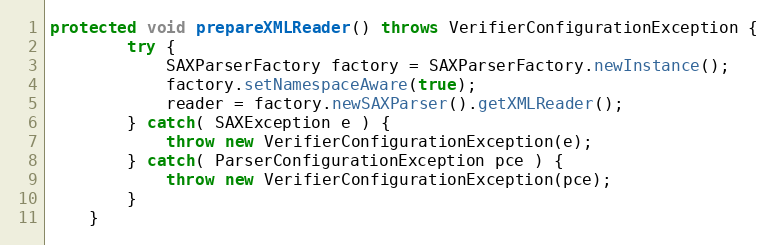
Language: Java
protected void prepareXMLReader() throws VerifierConfigurationException {
		try {
			SAXParserFactory factory = SAXParserFactory.newInstance();
			factory.setNamespaceAware(true);
			reader = factory.newSAXParser().getXMLReader();
		} catch( SAXException e ) {
			throw new VerifierConfigurationException(e);
		} catch( ParserConfigurationException pce ) {
			throw new VerifierConfigurationException(pce);
		}
	}